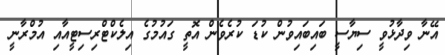
އޭނާ ވިދާޅުވީ ސިޔާސީ ބައިބައިވުން ކުޑަ ކުރެވެން އޮތީ ގައުމުގެ އިލެކްޓްރިސިޓީއާއި އުމްރާނީ